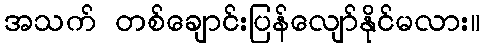
အသက် တစ်ချောင်းပြန်လျော်နိုင်မလား။